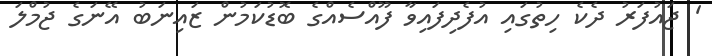
' ޖައުފަރު ދެކެ ހިތުގައި އުފެދިފައިވާ ފޫއްސެއްގެ ބޮޑުކަމުން ޒައިނަބު އޭނަގެ ޖުމްލަ